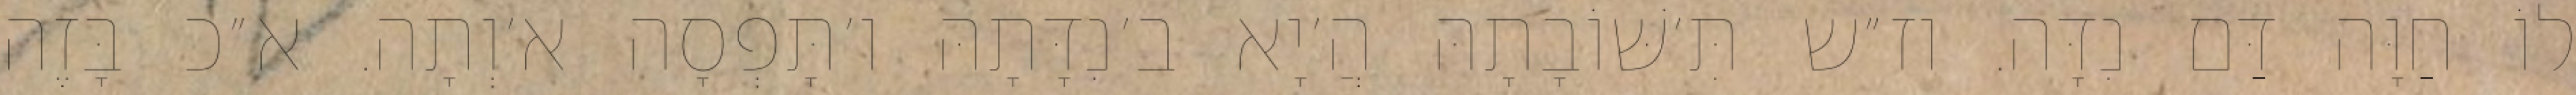
לוֹ חַוָּה דַּם נִדָּה. וז״ש תִּ׳שּׁוֹבָתָהּ הֲ׳יָא ב׳נִדָּתָהּ ו׳תָּפְסָה א׳וְתָה. א״כ בָּזֶה